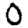
Digit: 0